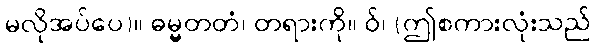
မလိုအပ်ပေ)။ ဓမ္မတတံ၊ တရားကို။ ဝ်၊ (ဤစကားလုံးသည်